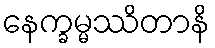
နေက္ခမ္မဿိတာနိ